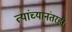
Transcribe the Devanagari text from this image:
त्यांच्यानंतरही